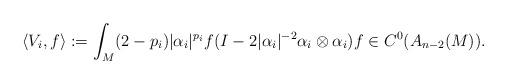
LaTeX: \begin{align*}\langle V_i,f\rangle:=\int_M (2-p_i)|\alpha_i|^{p_i}f(I-2|\alpha_i|^{-2}\alpha_i\otimes \alpha_i)f\in C^0(A_{n-2}(M)).\end{align*}